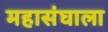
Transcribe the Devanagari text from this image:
महासंघाला